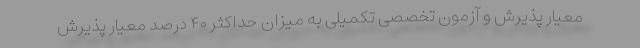
معیار پذیرش و آزمون تخصصی تکمیلی به میزان حداکثر ۴۰ درصد معیار پذیرش